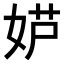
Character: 𫰮